Vaccination report Assam 1896-1927 - 1896-1927
Year: 1896
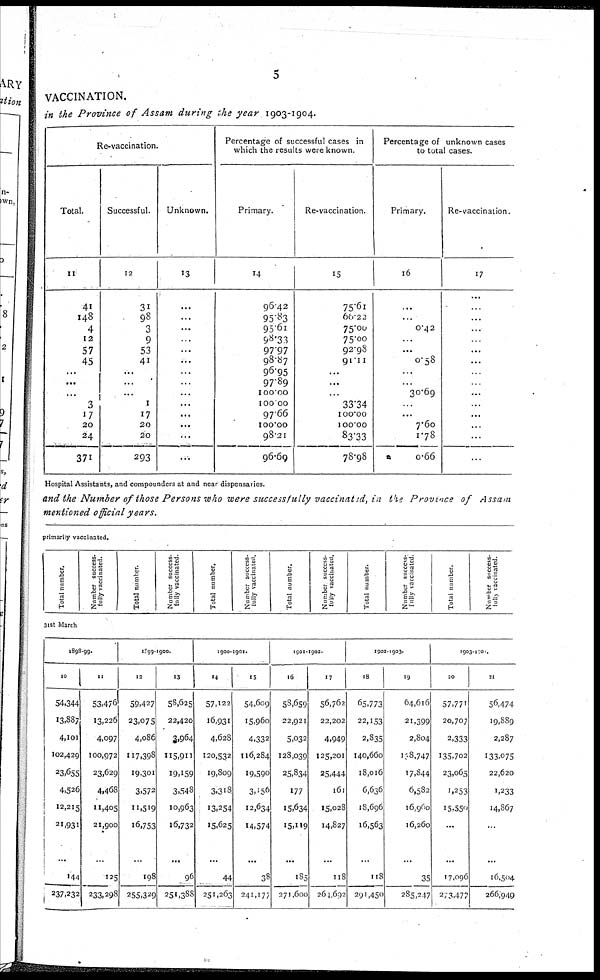
5
VACCINATION.
in the Province of Assam during the year 1903-1904.
Re-vaccination.
Total.
11
41
148
4
12
57
45
...
...
...
3
17
20
24
371
Successful.
12
31
98
3
9
53
41
...
...
...
1
17
20
20
293
Unknown.
13
...
...
...
...
...
...
...
...
...
...
...
...
...
...
Percentage of successful cases in
which the results were known.
Primary.
14
96.42
95.83
95.61
98.33
97.97
98.87
96.95
97.89
100.00
100.00
97.66
100.00
98.21
96.69
Re-vaccination.
15
75.61
60.22
75.00
75.00
92.98
91.11
...
...
...
33.34
100.00
100.00
83.33
78.98
Percentage of unknown cases
to total cases.
Primary.
16
...
...
0.42
...
...
0.58
...
...
30.69
...
...
7.60
1.78
0.66
Re-vaccination.
17
...
...
...
...
...
...
...
...
...
...
...
...
...
...
Hospital Assistants, and compounders at and near dispensaries.
and the Number of those Persons who were successfully vaccinated, in the Province of Assam
mentioned official years.
primarily vaccinated.
Total number.
Number success-
fully vaccinated.
Total number.
Number success-
fully vaccinated.
Total number.
Number success-
fully vaccinated.
Total number.
Number success-
fully vaccinated.
Total number.
Number success-
fully vaccinated.
Total number.
Number success-
fully vaccinated
31st March
1898-99.
10
54,344
13,887
4,101
102,429
23,655
4,526
12,215
21,931
...
144
237,232
11
53,476
13,226
4,097
100,972
23,629
4,468
11,405
21,900
...
125
233,298
1899-1900.
12
59,427
23,075
4,086
117,398
19,301
3,572
11,519
16,753
...
198
255,329
13
58,625
22,420
3,964
115,911
19,159
3,548
10,963
16,732
...
96
251,388
1900-1901.
14
57,122
16,931
4,628
120,532
19,809
3,318
13,254
15,625
...
44
251,263
15
54,609
15,960
4,332
116,284
19,590
3,156
12,634
14,574
...
38
241,177
1901-1902
16
58,659
22,921
5,032
128,039
25,834
177
15,634
15,119
...
185
271,600
17
56,762
22,202
4,949
125,201
25,444
161
15,028
14,827
...
118
261,602
1902-1903.
18
65,773
22,153
2,835
140,660
18,016
6,636
18,696
16,563
...
118
291,450
19
64,616
21,399
2,804
138,747
17,844
6,582
16,960
16,260
...
35
285,247
1903-1904.
20
57,771
20,707
2,333
135,702
23,065
1,253
15,550
...
...
17,096
2,3,477
21
56,474
19,889
2,287
133,075
22,620
1,233
14,867
...
...
16,504
266,949